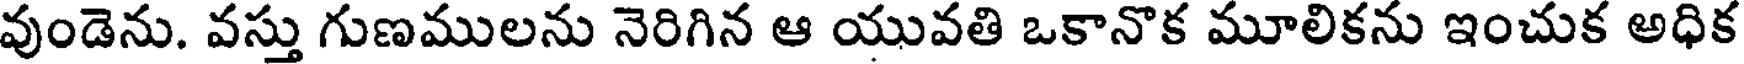
వుండెను. వస్తు గుణములను నెరిగిన ఆ యువతి ఒకానొక మూలికను ఇంచుక అధిక